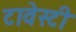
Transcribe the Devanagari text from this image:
टावेस्टी